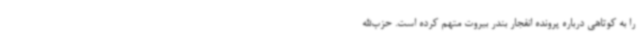
را به کوتاهی درباره پرونده انفجار بندر بیروت متهم کرده است. حزب‌الله